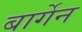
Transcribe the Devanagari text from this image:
बार्गेन